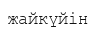
жайкүйін